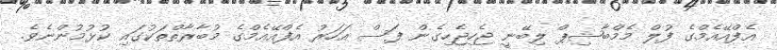
އެފްއޭއެމްގެ ފުލް މެމްބާޝިޕް ލިބޭނީ ޖެހިޖެހިގެން ފަސް އަހަރު އެފްއޭއެމްގެ މުބާރާތްތަކުގައި ކުޅުމުންނެވެ.